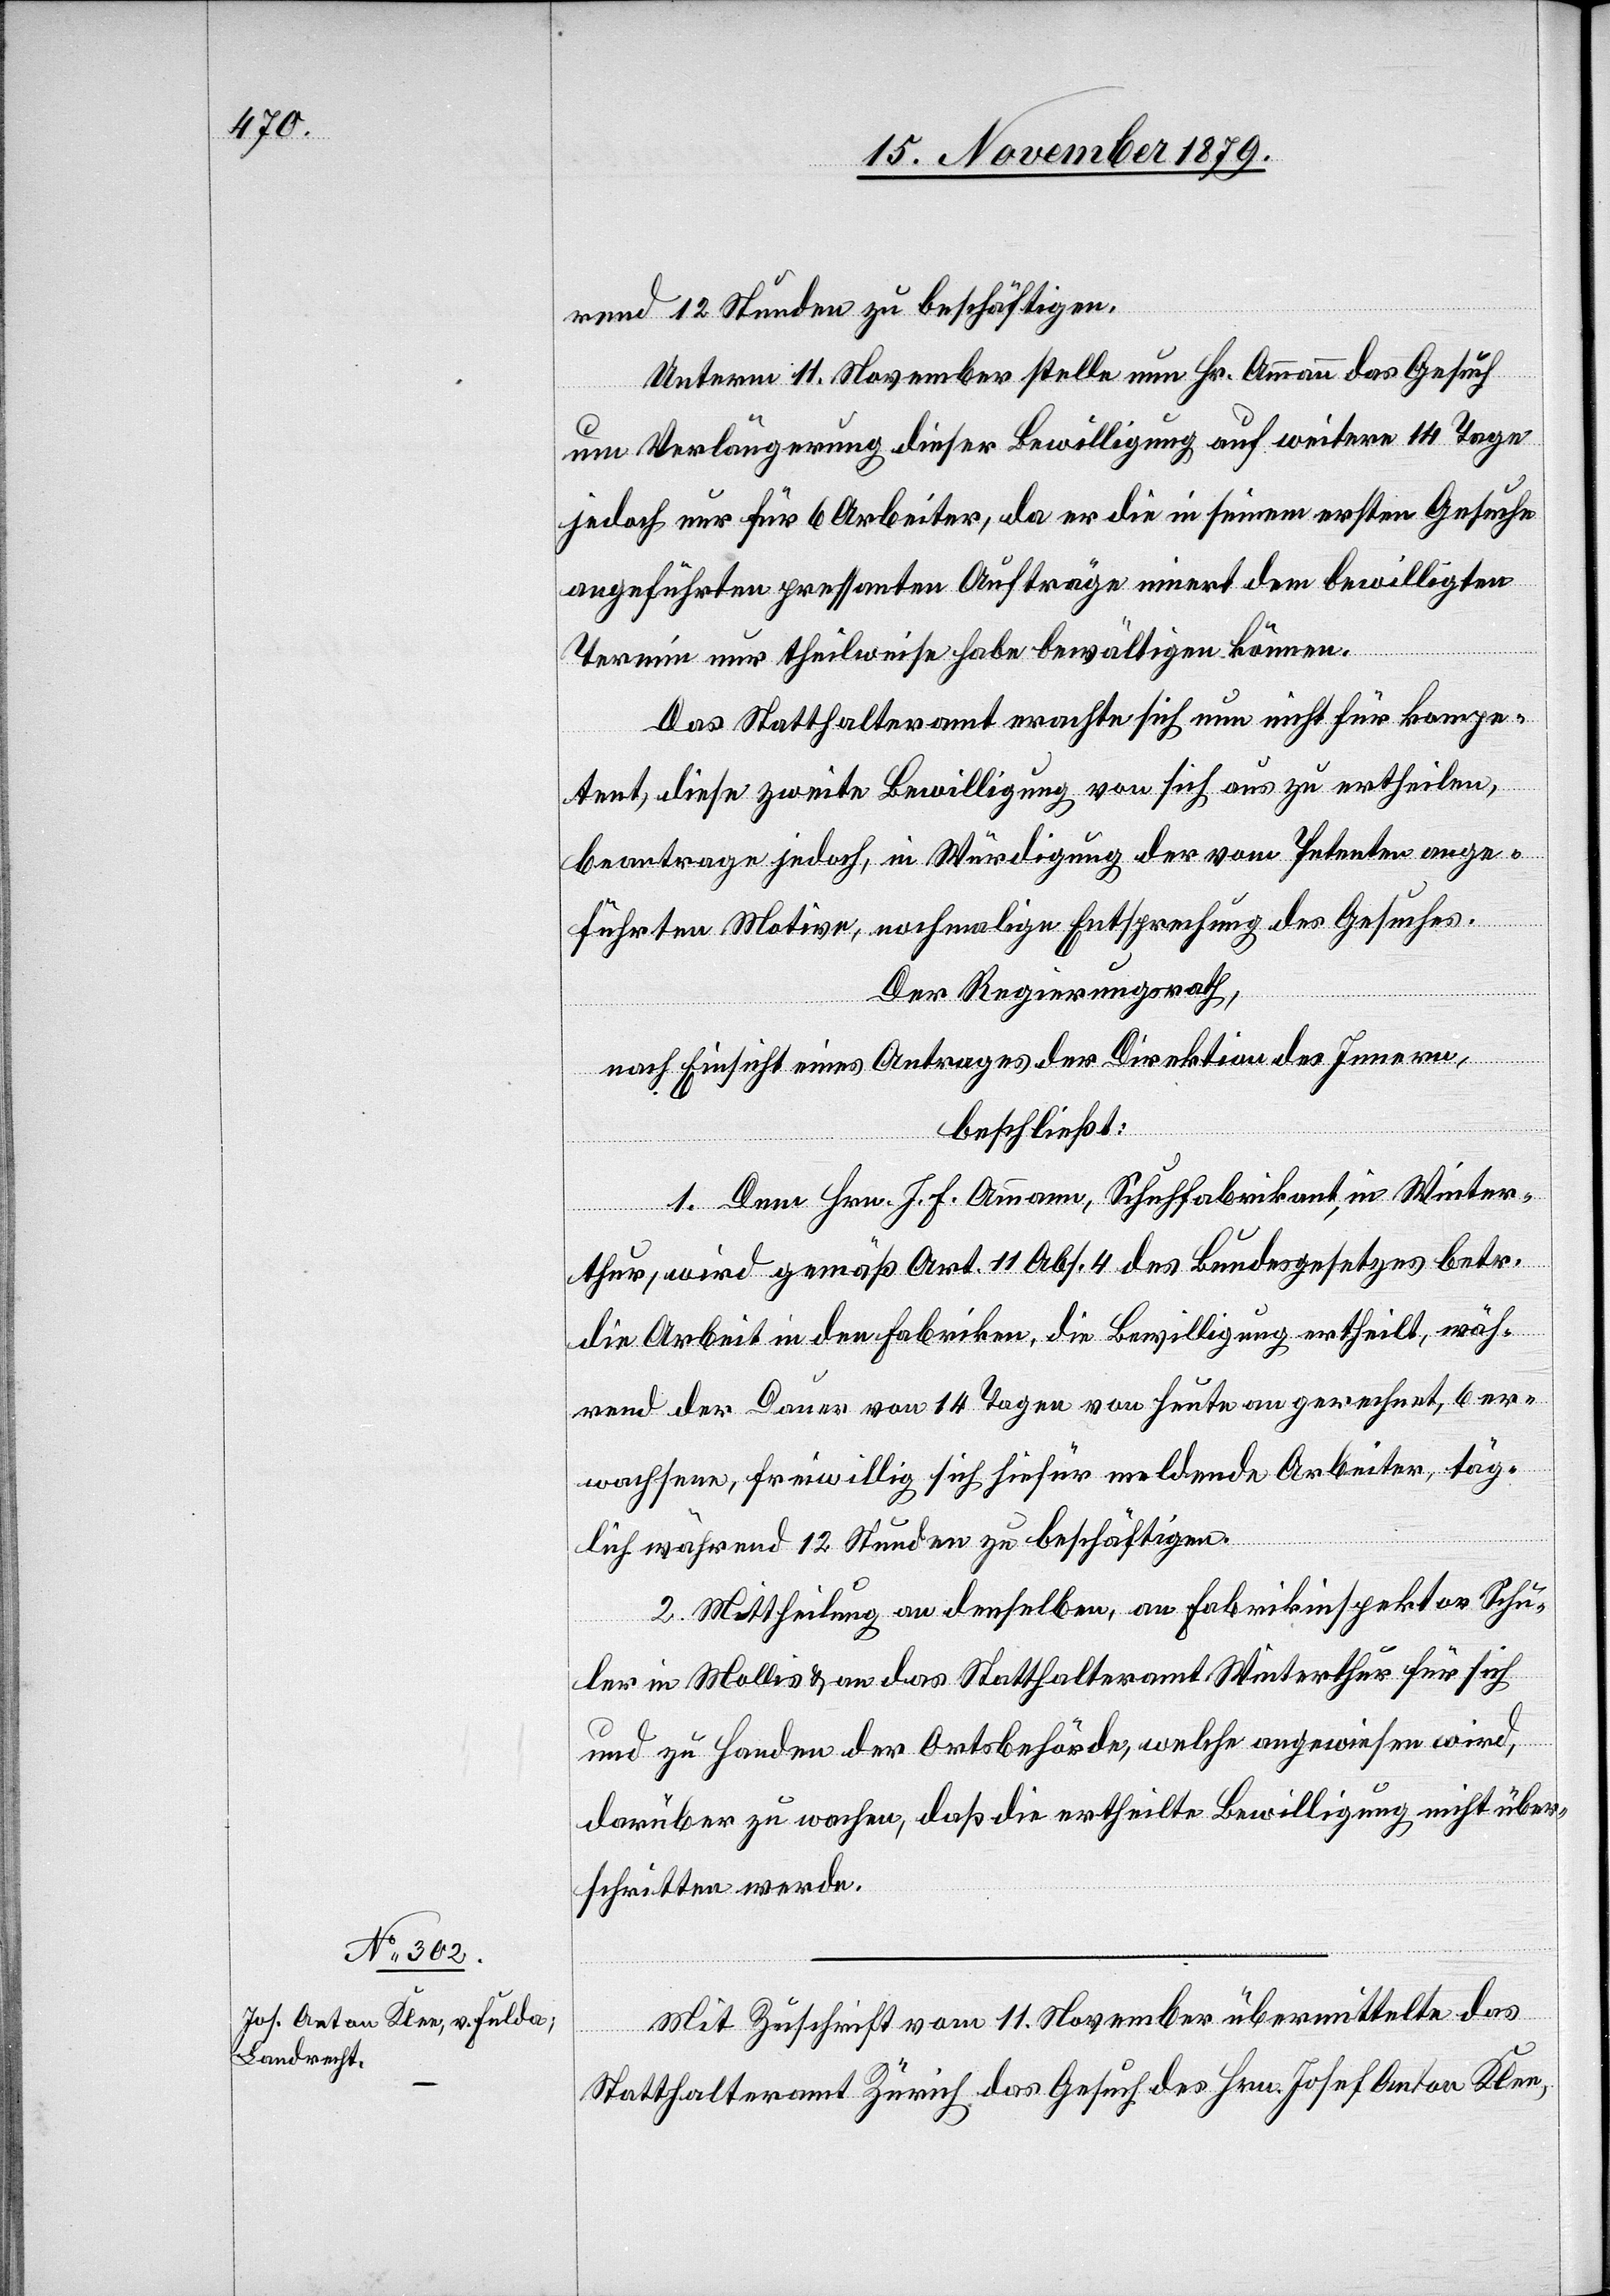
rend 12 Stunden zu beschäftigen.
Unterm 11. November stellte nun Hr. Ammann das Gesuch
um Verlängerung dieser Bewilligung auf weitere 14 Tage
jedoch nur für 6 Arbeiter, da er die in seinem ersten Gesuche
angeführten pressenten Aufträge innert dem bewilligten
Termin nur theilweise habe bewältigen können.
Das Statthalteramt erachte sich nun nicht für kompe¬
tent, diese zweite Bewilligung von sich aus zu ertheilen,
beantrage jedoch, in Würdigung der vom Petenten ange¬
führten Motive, nochmalige Entsprechung des Gesuches.
Der Regierungsrath,
nach Einsicht eines Antrages der Direktion des Innern,
beschließt:
1. Dem Hrn. J. F. Ammann, Schuhfabrikant, in Winter¬
thur, wird gemäß Art. 11 Abs. 4 des Bundesgesetzes betr.
die Arbeit in den Fabriken, die Bewilligung ertheilt, wäh¬
rend der Dauer von 14 Tagen von heute an gerechnet, 6 er¬
wachsene, freiwillig sich hiefür meldende Arbeiter, täg¬
lich während 12 Stunden zu beschäftigen.
2. Mittheilung an denselben, an Fabrikinspektor Schu¬
ler in Mollis & an das Statthalteramt Winterthur für sich
und zu Handen der Ortsbehörde, welche angewiesen wird,
darüber zu wachen, daß die ertheilte Bewilligung nicht über¬
schritten werde.
Mit Zuschrift vom 11. November übermittelte das
Statthalteramt Zürich das Gesuch des Hrn. Josef Anton Klee,